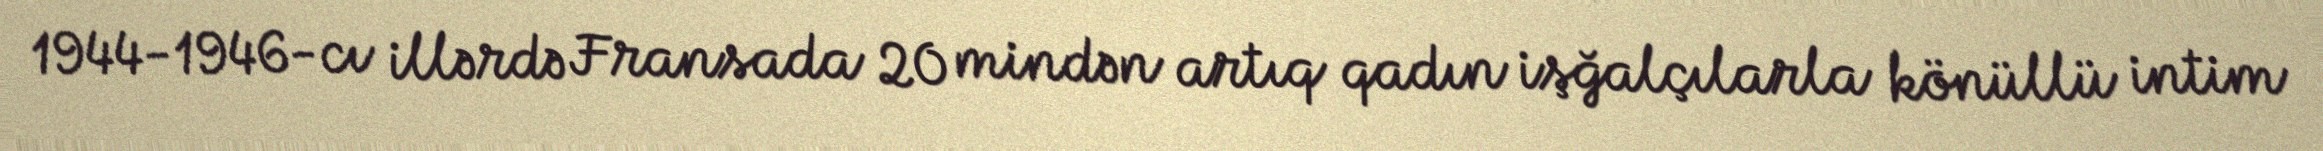
1944-1946-cı illərdə Fransada 20 mindən artıq qadın işğalçılarla könüllü intim